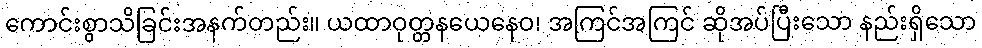
ကောင်းစွာသိခြင်းအနက်တည်း။ ယထာဝုတ္တနယေနေဝ၊ အကြင်အကြင် ဆိုအပ်ပြီးသော နည်းရှိသော